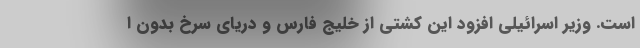
است. وزیر اسرائیلی افزود این کشتی از خلیج فارس و دریای سرخ بدون ا